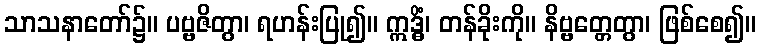
သာသနာတော်၌။ ပဗ္ဗဇိတွာ၊ ရဟန်းပြု၍။ ဣဒ္ဓိံ၊ တန်ခိုးကို။ နိဗ္ဗတ္တေတွာ၊ ဖြစ်စေ၍။